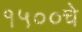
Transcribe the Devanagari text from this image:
१५००चे